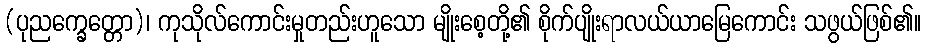
(ပုညက္ခေတ္တော)၊ ကုသိုလ်ကောင်းမှုတည်းဟူသော မျိုးစေ့တို့၏ စိုက်ပျိုးရာလယ်ယာမြေကောင်း သဖွယ်ဖြစ်၏။